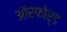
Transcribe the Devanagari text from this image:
ऑरफोर्ड